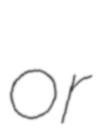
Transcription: or